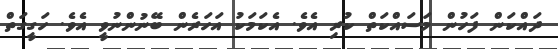
ދައްކަން ފަހުން މަސައްކަތް ކުރި އެވެ. އެކަމަކު އަހަރެން ބޭނުންނުވީ އެވެ. ހަގީގަތް